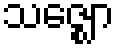
သဇ္ဈော